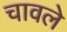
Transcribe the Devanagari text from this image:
चावले